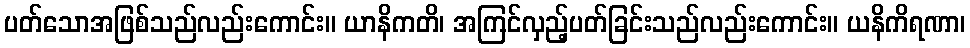
ပတ်သောအဖြစ်သည်လည်းကောင်း။ ယာနိကတိ၊ အကြင်လှည့်ပတ်ခြင်းသည်လည်းကောင်း။ ယနိကိရဏာ၊